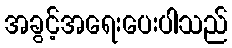
အခွင့်အရေးပေးပါသည်